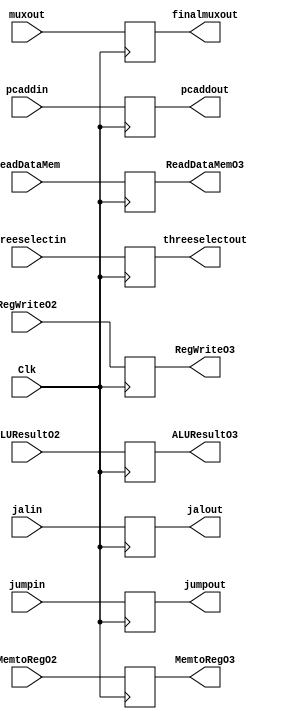
`timescale 1ns / 1ps

//Jennifer Nadolski / Joseph Emnett

module MEMWBReg(ALUResultO2, MemtoRegO2, RegWriteO2, ReadDataMem, ALUResultO3, MemtoRegO3, RegWriteO3, ReadDataMemO3,Clk, muxout, finalmuxout, threeselectin, threeselectout,jumpin,jumpout,pcaddin, pcaddout, jalin,jalout);
    //MEMWBReg a19(EXMEMALUResult, EXMEMMemtoReg, EXMEMRegWrite, DataMemoryOutput, MEMWBALUResult,MEMWBMemtoReg, MEMWBRegWrite, MEMWBDataMemoryOutput,Clk, EXMEMMux,MEMWBWROutput, threeselectmemwb,threeselectfinal, jumpselectexmem, jumpselectmemwb, addin, addout, exmemPCAddResultP4, memwbPCAddResultP4
    //,JALSignalexmem, JALSignalmemwb);
    input [1:0] threeselectin;
      input jalin;
      output reg jalout;
    output reg [1:0] threeselectout;
     input jumpin;
     output reg [31:0] pcaddout;
       output reg jumpout;
	input MemtoRegO2, RegWriteO2;
	input [31:0] muxout,pcaddin;
	output reg[31:0] finalmuxout;
	input [31:0] ReadDataMem, ALUResultO2;
	input Clk;
	output reg MemtoRegO3, RegWriteO3;
	output reg [31:0] ReadDataMemO3, ALUResultO3;
	    always @(posedge Clk) begin
	    jumpout<=jumpin;
	          threeselectout<=threeselectin;
	          jalout<=jalin;
      MemtoRegO3<= MemtoRegO2;
      RegWriteO3 <= RegWriteO2;
      ReadDataMemO3 <= ReadDataMem;
      pcaddout<=pcaddin;
      ALUResultO3 <= ALUResultO2;
      finalmuxout<=muxout;
   
    end
 

endmodule